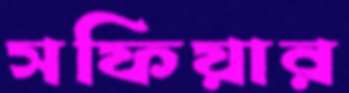
সফিয়ার